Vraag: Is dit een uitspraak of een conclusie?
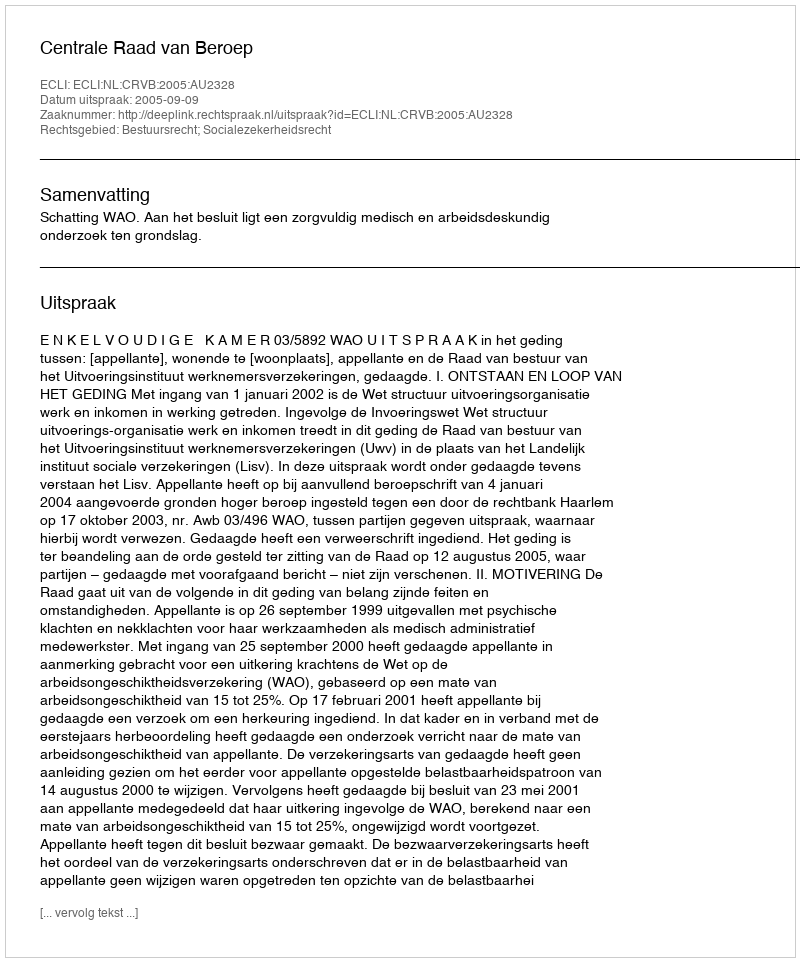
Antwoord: Uitspraak